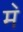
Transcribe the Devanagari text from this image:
म॓